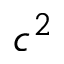
c ^ { 2 }